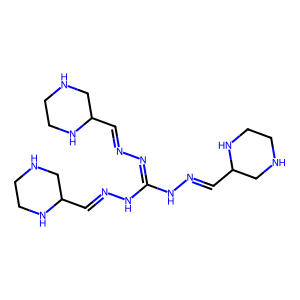
SMILES: C(=NN=C(NN=CC1CNCCN1)NN=CC1CNCCN1)C1CNCCN1
Inhibits HIV replication: No